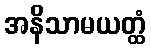
အနိသာမယတ္ထံ